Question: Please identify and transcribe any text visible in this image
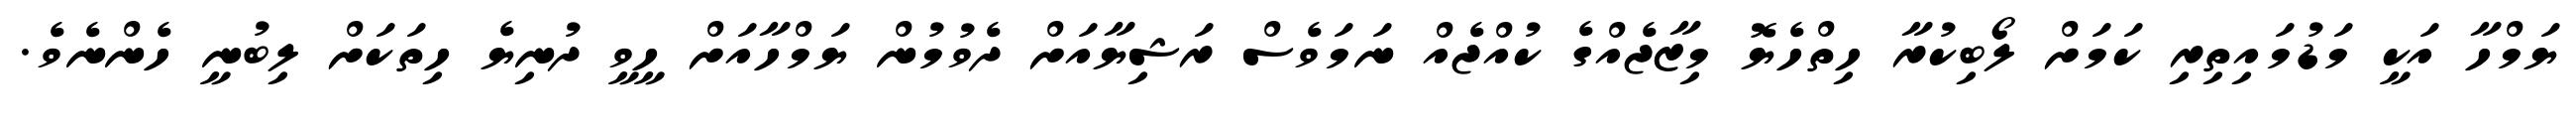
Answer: ޔަމްހާ އަކީ މަޑުމައިތިރި ކަމަށް ލޯބިކުރާ ހިތްހެޔޮ މިޒާޖެއްގެ ކުއްޖެއް ނަމަވެސް ރަޝިޔާއަށް ދެވުމުން ޔަމްހާއަށް ހީވީ ދުނިޔެ ހިތަކަށް ލިބުނީ ހެންނެވެ.